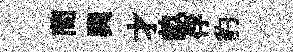
蕳巽才畝俘豹